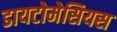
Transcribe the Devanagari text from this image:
डायटोमेसियस